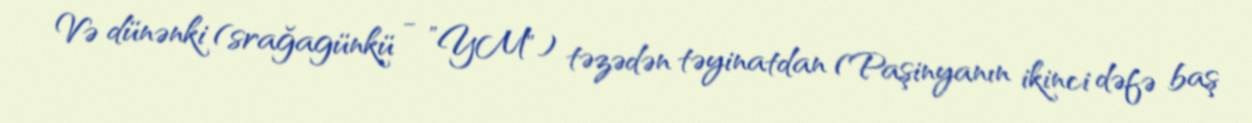
Və dünənki (srağagünkü - ”YM") təzədən təyinatdan (Paşinyanın ikinci dəfə baş